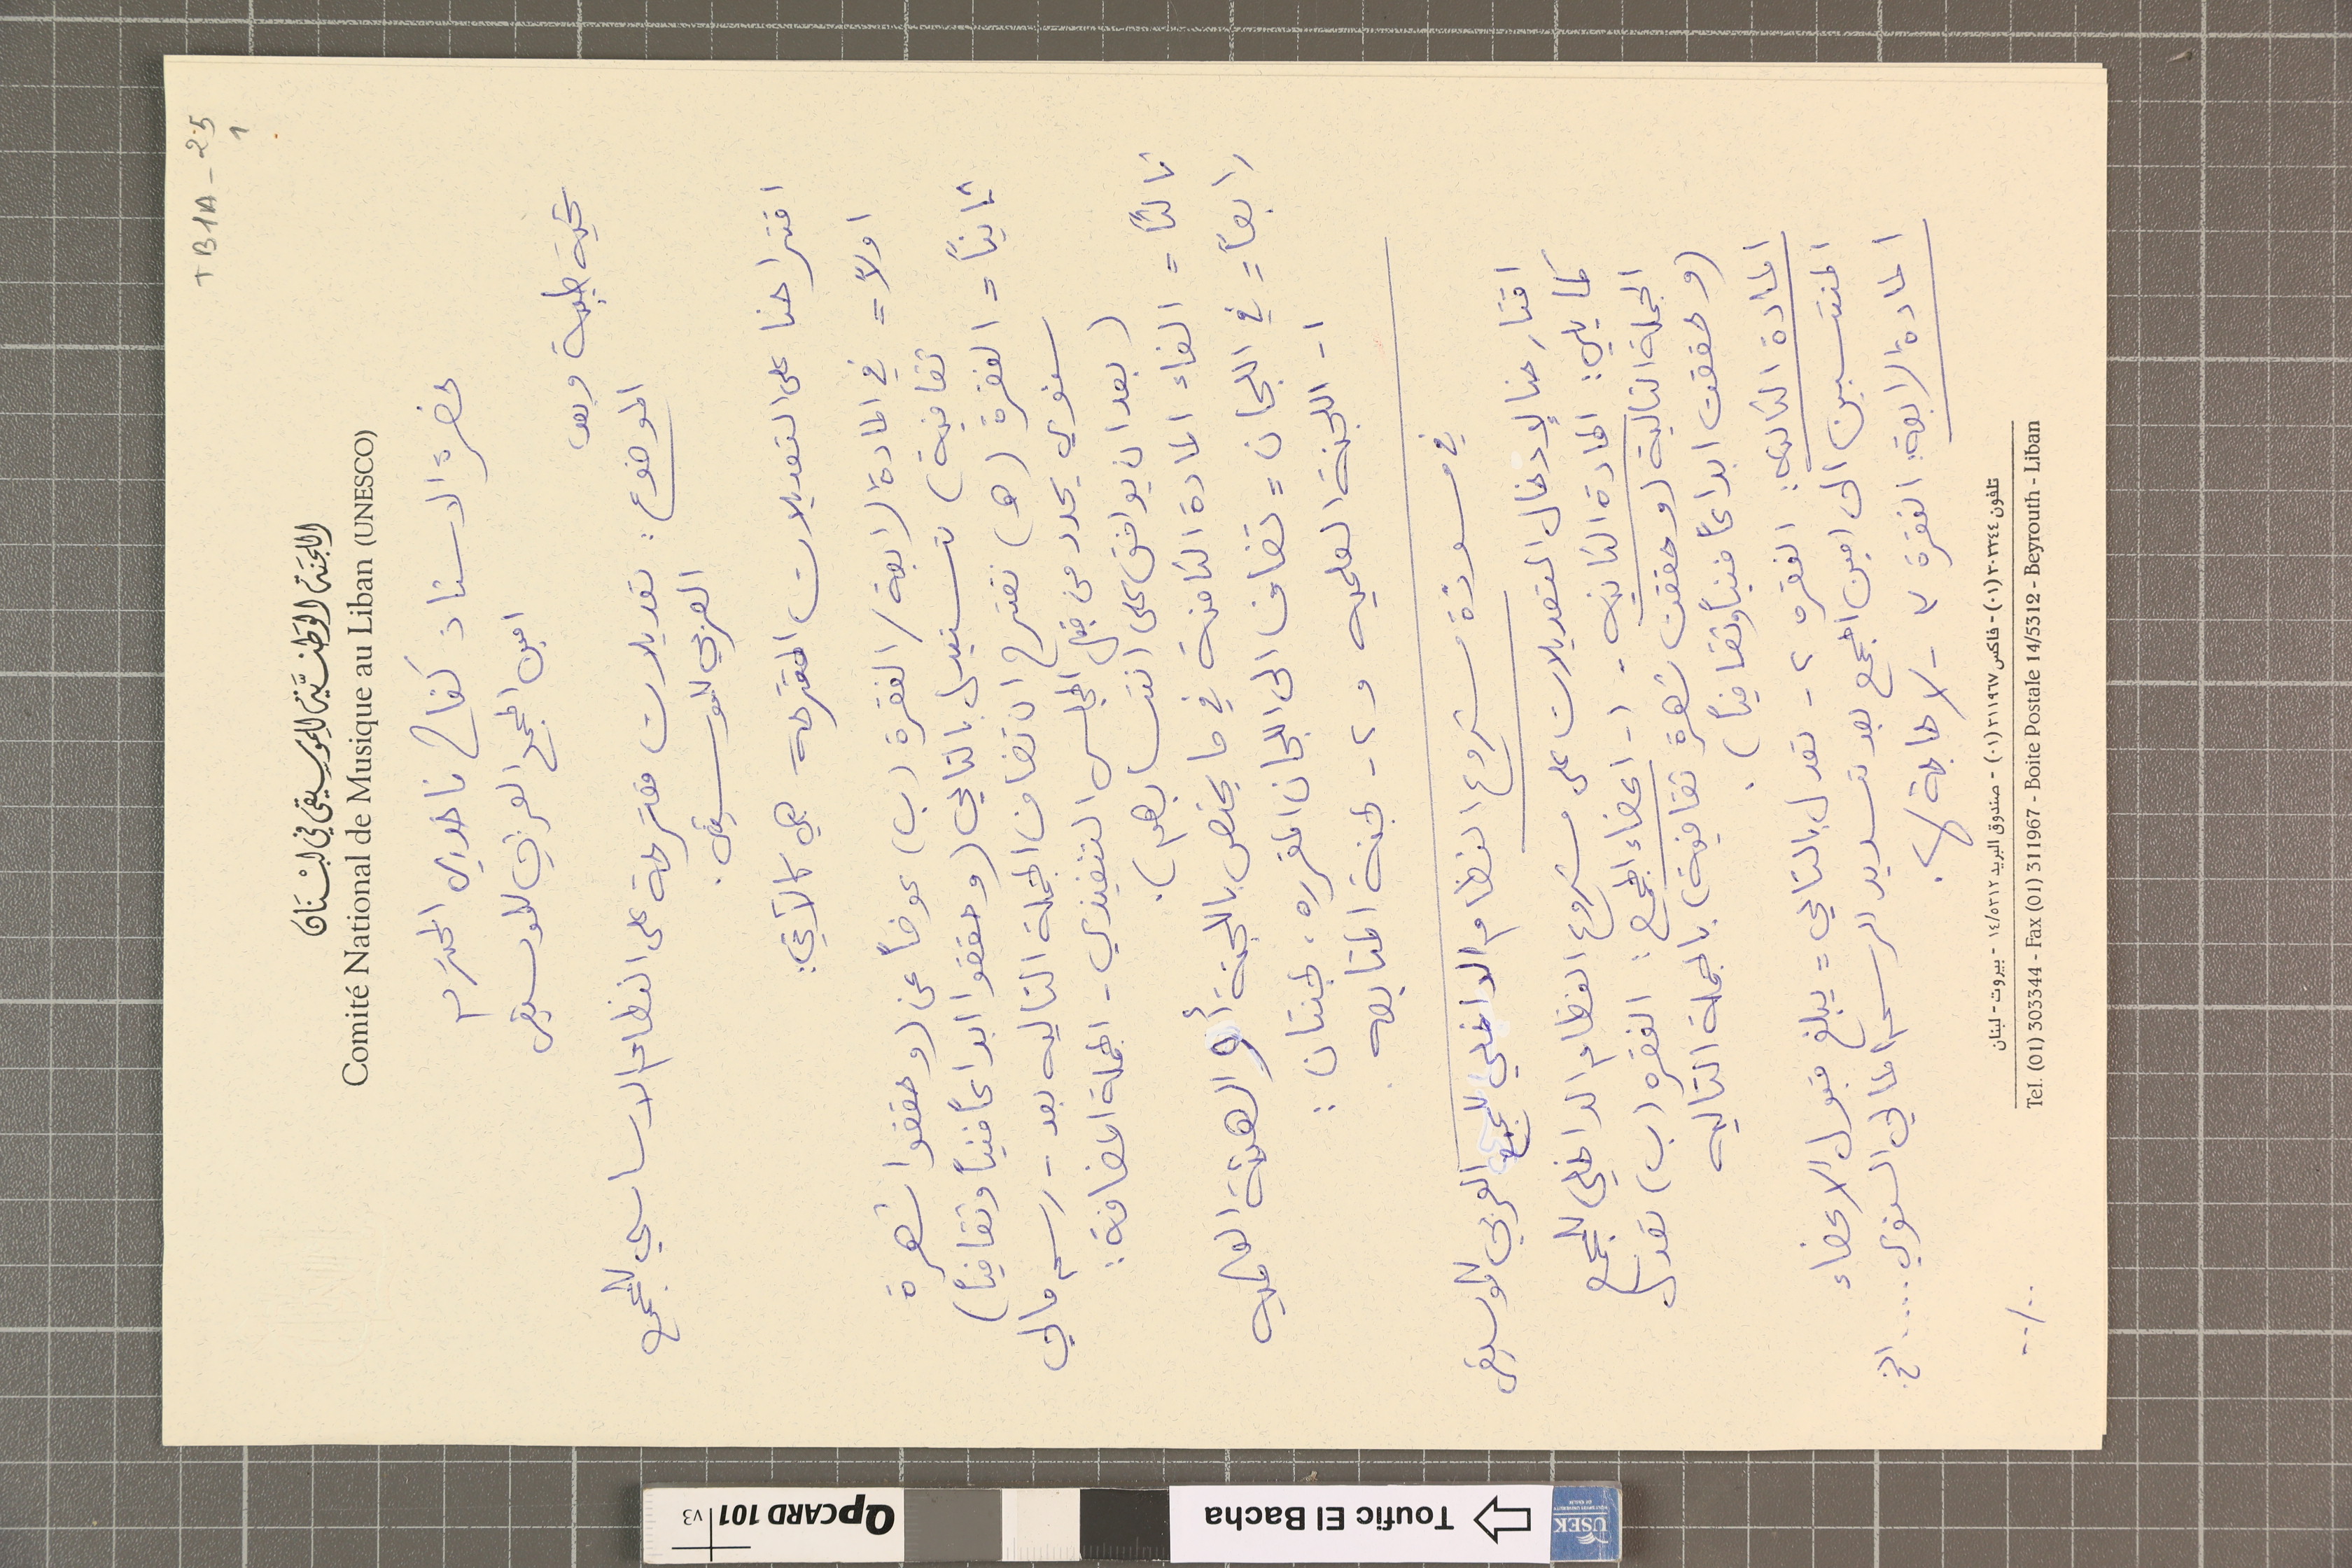
TB1A-25			1
اللجنَة الوَطنيَّة لِلموسِيقى في لبْنَان
Comité National de Musique au Liban (UNESCO)
حضرة الاستاذ كفاح فاخوري المحترم
امين المجمع العربي للموسيقى
تحية طيبة وبعد،
الموضوع : تعديلات متقرحة على النظام الاساسي للمجمع
العربي للموسيقى.
اقتراحنا على التعديلات المقترحة هي كالآتي:
اولاً = في المادة الرابعة / الفقرة (ب) عوضاً عن (وحققوا شهرة
ثقافية) تستبدل بالتالي (وحققوا ابداعاً فنياً وثقافياً)
ثانياً = الفقرة (هـ) نقترح ان تضاف الجملة التاليه بعد - رسم مالي
سنوي يحدد من قبل المجلس التنفيذي - الجملة المضافة :
(بعد ان يوافق على انتسابهم).
ثالثاً = الغاء المادة الثامنة في ما يخص باللجنة أو الهىئة العلميه
رابعاً = في اللجان = تضاف الى اللجان المقرره. لجنتان :
١- اللجنة العلميه و٢- لجنة المتابعه.
في مسودة مشروع النظام الداخلي للمجمع العربي للموسيقى
اقتارحنا لإدخال التعديلات على مشروع النظام الداخلي للمجمع
كما يلي : المادة الثانيه - ١- اعضاء المجمع : الفقره (ب) تعدل
الجملة التالية (وحققت شهرة ثقافية) بالجملة التاليه
(وحققت ابداعاً فنياً وثقافياً).
المادة الثالثه : الفقره ٢- تعدل بالتالي = يبلغ قبول الاعضاء
المنتسبين الى امين المجمع بعد تسديد الرسم المالي السنوي .... الخ.
المادة الرابعة : الفقرة ٣- لا حاجة لها.
تلفون ٣٠٣٣٤٤(٠١) - فاكس ٣١١٩٦٧(٠١) - صندوق البريد ٥٣١٢/١٤ - بيروت - لبنان
.. / ..Tel. (01) 303344 - Fax (01) 311967 - Boite Postale 14/5312 - Beyrouth - Liban